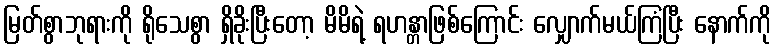
မြတ်စွာဘုရားကို ရိုသေစွာ ရှိခိုးပြီးတော့ မိမိရဲ့ ရဟန္တာဖြစ်ကြောင်း လျှောက်မယ်ကြံပြီး နောက်ကို